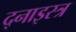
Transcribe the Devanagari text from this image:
द्नाइस्त्र